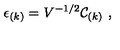
\epsilon _ { ( k ) } = V ^ { - 1 / 2 } { \cal C } _ { ( k ) } \ ,